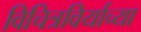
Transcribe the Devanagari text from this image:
विचित्रविर्याच्या